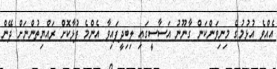
އެއްވެ އުޅުމުގެ މިނިވަންކަން ގާނޫނު އަސާސީގައި ލިބިދީފައިވާ އެންމެ ފުޅާކޮށް ރައްޔިތުންނަށް ދޭން